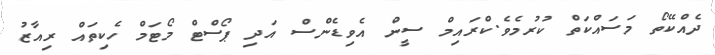
ދެއްކޭތޯ މަސައްކަތް ކުރުމެވެ.ކްރައިމް ސީން އެވިޑެންސް އަދި ޕޯސްޓް މޯޓަމް ހެކިތައް ރިއާޒު